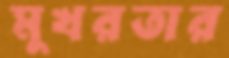
মুখরতার